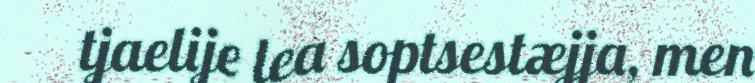
tjaelije lea soptsestæjja, men